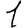
Digit: 1